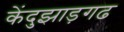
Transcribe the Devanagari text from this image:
केंदुझाड़गढ